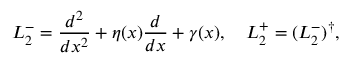
L _ { 2 } ^ { - } = \frac { d ^ { 2 } } { d x ^ { 2 } } + \eta ( x ) \frac { d } { d x } + \gamma ( x ) , \quad L _ { 2 } ^ { + } = ( L _ { 2 } ^ { - } ) ^ { \dagger } ,